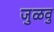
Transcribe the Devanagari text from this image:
जुळवु